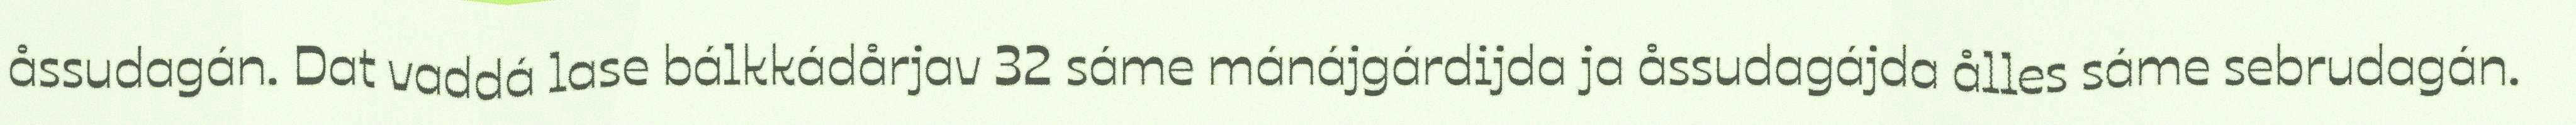
åssudagán. Dat vaddá lase bálkkádårjav 32 sáme mánájgárdijda ja åssudagájda ålles sáme sebrudagán.